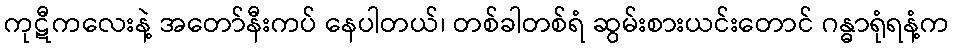
ကုဋီကလေးနဲ့ အတော်နီးကပ် နေပါတယ်၊ တစ်ခါတစ်ရံ ဆွမ်းစားယင်းတောင် ဂန္ဓာရုံရနံ့က